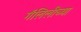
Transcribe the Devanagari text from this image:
गॅलिलीच्या